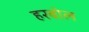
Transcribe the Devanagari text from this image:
हरबोल